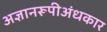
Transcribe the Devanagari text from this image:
अज्ञानरूपीअंधकार